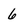
Character: 6